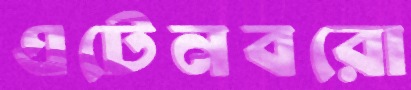
এটেনবরো